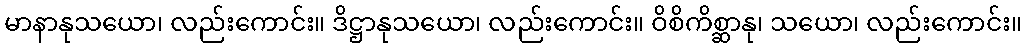
မာနာနုသယော၊ လည်းကောင်း။ ဒိဋ္ဌာနုသယော၊ လည်းကောင်း။ ဝိစိကိစ္ဆာနု၊ သယော၊ လည်းကောင်း။